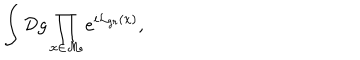
LaTeX: \int { \cal D } g \prod _ { x \in \cal M } e ^ { i { \cal L } _ { g r } ( x ) } ,